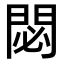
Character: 閟